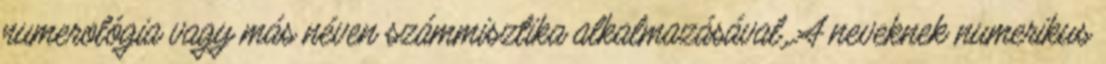
numerológia vagy más néven számmisztika alkalmazásával. A neveknek numerikus